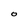
Character: O